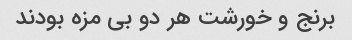
برنج و خورشت هر دو بی مزه بودند